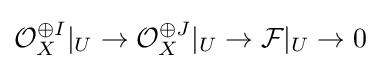
{\mathcal {O}}_{X}^{\oplus I}|_{U}\to {\mathcal {O}}_{X}^{\oplus J}|_{U}\to {\mathcal {F}}|_{U}\to 0